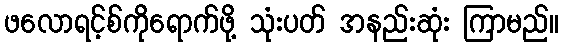
ဖလောရင့်စ်ကိုရောက်ဖို့ သုံးပတ် အနည်းဆုံး ကြာမည်။